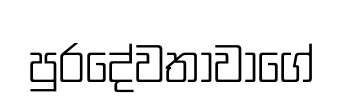
පුරදේවතාවාගේ